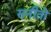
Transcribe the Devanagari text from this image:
सनीतो